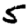
Digit: 5